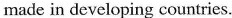
made in developing countries.